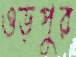
ওড়পুর